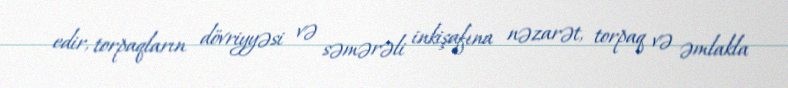
edir, torpaqların dövriyyəsi və səmərəli inkişafına nəzarət, torpaq və əmlakla